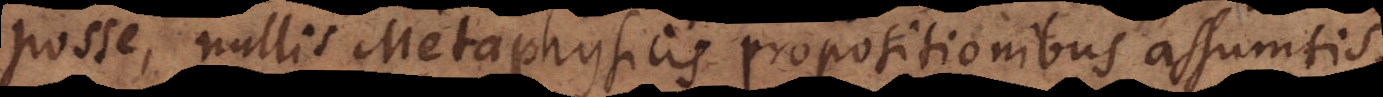
posse, nullis Metaphysicis propositionibus assumtis,